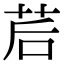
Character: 茩